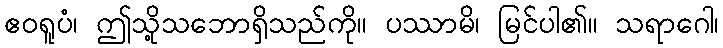
ဧဝရူပံ၊ ဤသို့သဘောရှိသည်ကို။ ပဿာမိ၊ မြင်ပါ၏။ သရာဂေါ၊